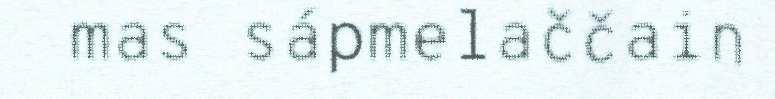
mas sápmelaččain